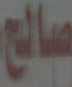
صالح